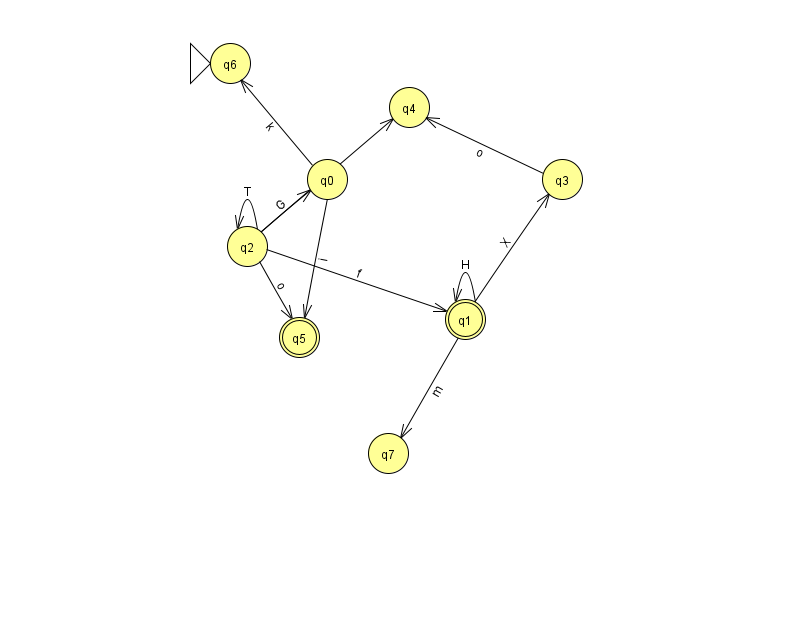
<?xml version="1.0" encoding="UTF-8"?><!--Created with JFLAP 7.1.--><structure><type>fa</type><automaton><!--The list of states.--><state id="0" name="q0"><x>327.0</x><y>166.0</y></state><state id="1" name="q1"><x>465.0</x><y>306.0</y><final/></state><state id="2" name="q2"><x>247.0</x><y>233.0</y></state><state id="3" name="q3"><x>562.0</x><y>166.0</y></state><state id="4" name="q4"><x>409.0</x><y>94.0</y></state><state id="5" name="q5"><x>299.0</x><y>324.0</y><final/></state><state id="6" name="q6"><x>230.0</x><y>50.0</y><initial/></state><state id="7" name="q7"><x>388.0</x><y>440.0</y></state><!--The list of transitions.--><transition><from>1</from><to>7</to><read>m</read></transition><transition><from>0</from><to>5</to><read>i</read></transition><transition><from>2</from><to>2</to><read>T</read></transition><transition><from>2</from><to>4</to><read>U</read></transition><transition><from>3</from><to>4</to><read>o</read></transition><transition><from>1</from><to>1</to><read>H</read></transition><transition><from>2</from><to>5</to><read>o</read></transition><transition><from>2</from><to>1</to><read>f</read></transition><transition><from>1</from><to>3</to><read>X</read></transition><transition><from>2</from><to>0</to><read>G</read></transition><transition><from>0</from><to>6</to><read>k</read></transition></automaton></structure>